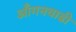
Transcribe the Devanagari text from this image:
आँगनवाडी